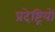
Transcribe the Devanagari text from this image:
प्रदेष्ट्रियों